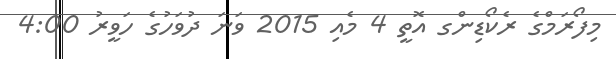
މިފޯރަމްގެ ރެކޯޑިންގ އޮތީ 4 މެއި 2015 ވަނަ ދުވަހުގެ ހަވީރު 4:00